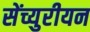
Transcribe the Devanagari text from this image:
सेंच्युरीयन